Annual administration report of the Civil Veterinary Department, Ajmere-Merwara, British Rajputana - 1914-1940
Year: 1914
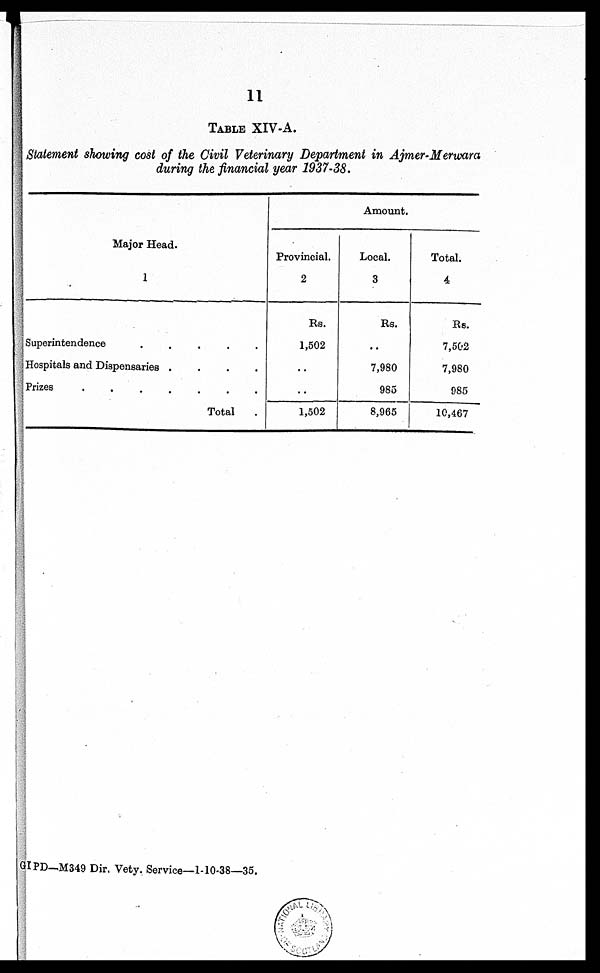
11
TABLE XIV-A.
Statement showing cost of the Civil Veterinary Department in Ajmer-Merwara
during the financial year 1937-38.
Major Head.
1
Superintendence . . . . .
Hospitals and Dispensaries . . . .
Prizes
. . . . . . .
Total .
Amount.
Provincial.
2
Rs.
1,502
..
..
1,502
Local.
3
Rs.
..
7,980
985
8,965
Total.
4
Rs.
7,502
7,980
985
10,467
GIPD-M349 Dir. Vety. Service—1-10-38—35.